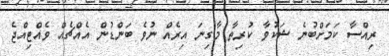
ރިއްސާ ކަމަށްބުނެ ޝަކުވާ ކުރިތާ މާގިނަ އިރެއް ނުވެ ބަންޑުން އެއްޗެއް ވެއްޓިއްޖެ